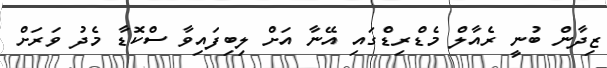
ޒިދާން ބުނީ ރެއާލް މެޑްރިޑްގައި އޭނާ އަށް ލިބިފައިވާ ސްކޮޑާ މެދު ވަރަށް